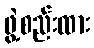
ဖွဲ့စည်းထား